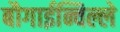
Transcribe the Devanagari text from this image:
बौगाईन्विल्ले